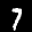
Label: 7